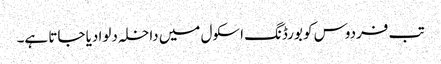
تب فردوس کو بورڈنگ اسکول میں داخلہ دلوا دیا جاتا ہے۔